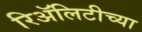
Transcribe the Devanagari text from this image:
रिॲलिटीच्या